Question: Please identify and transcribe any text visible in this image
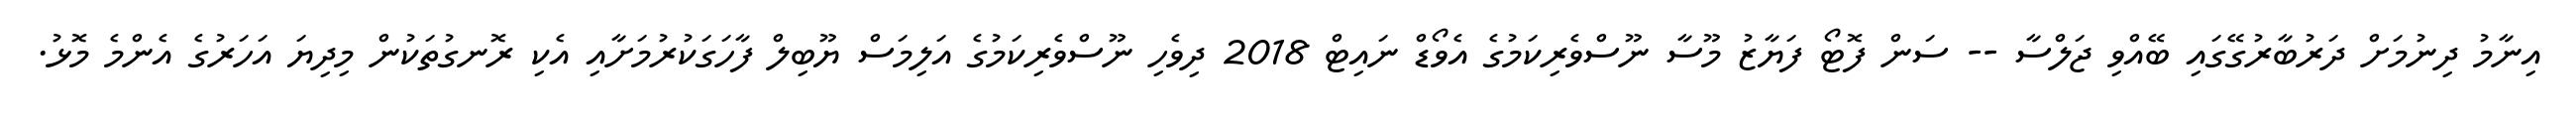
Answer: އިނާމު ދިނުމަށް ދަރުބާރުގޭގައި ބޭއްވި ޖަލްސާ -- ސަން ފޮޓޯ ފަޔާޒު މޫސާ ނޫސްވެރިކަމުގެ އެވޯޑް ނައިޓް 2018 ދިވެހި ނޫސްވެރިކަމުގެ އަލިމަސް ޔޫބިލް ފާހަގަކުރުމަށާއި އެކި ރޮނގުތަކުން މިދިޔަ އަހަރުގެ އެންމެ މޮޅު.